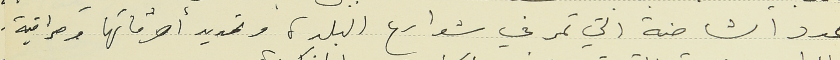
عدد الشاحنة التي تمر في شوارع البلدة وتحديد أوقاتها ومراقبة.